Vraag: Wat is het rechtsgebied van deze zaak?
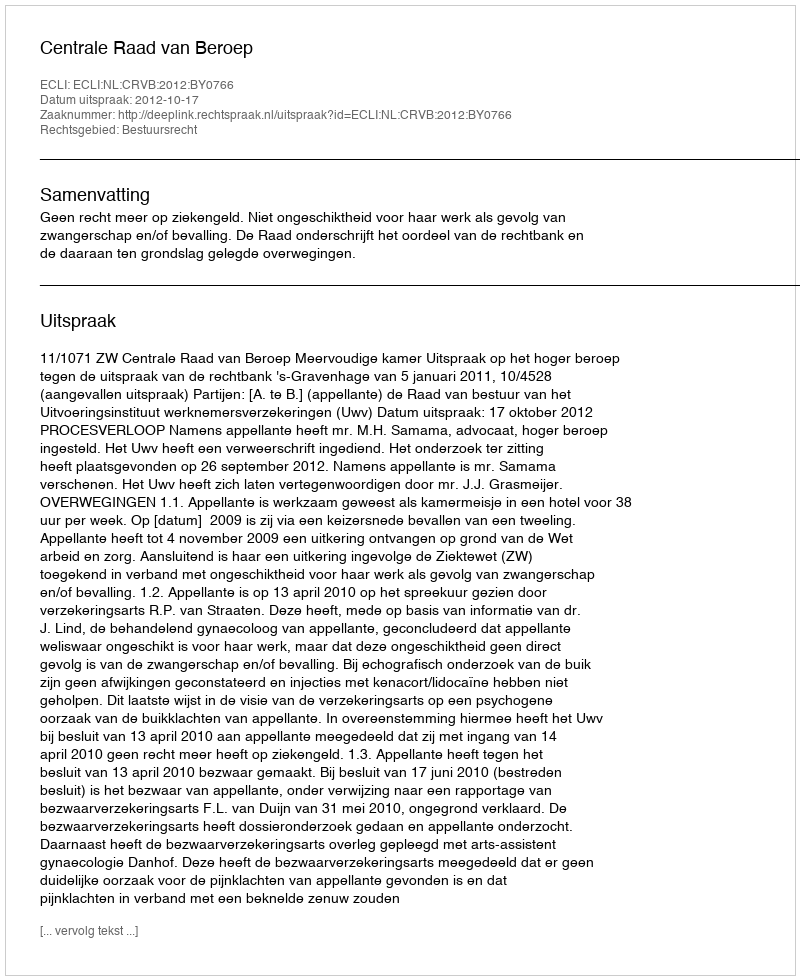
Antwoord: Bestuursrecht